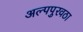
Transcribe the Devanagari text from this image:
अल्पपुरवठा